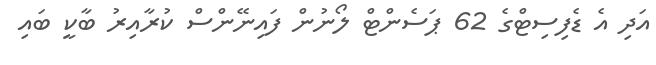
އަދި އެ ޑެފިސިޓްގެ 62 ޕަސެންޓް ލޯނުން ފައިނޭންސް ކުރާއިރު ބާކީ ބައި